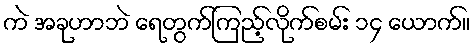
ကဲ အခုဟာဘဲ ရေတွက်ကြည့်လိုက်စမ်း ၁၄ ယောက်။